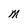
Character: M